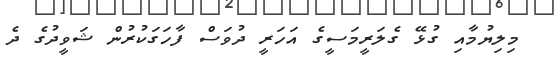
މިލިޔުމާއި ގުޅޭ ގެލަރީމަސީގެ އަހަރީ ދުވަސް ފާހަގަކުރުން ޝަވީދުގެ ދެ